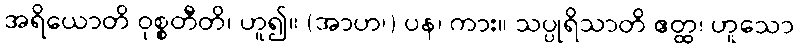
အရိယောတိ ဝုစ္စတီတိ၊ ဟူ၍။ (အာဟ၊) ပန၊ ကား။ သပ္ပုရိသာတိ ဧတ္ထ၊ ဟူသော